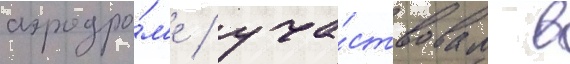
аэродро́м'е / уча́ствовал в